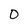
Character: 0